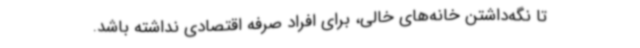
تا نگه‌داشتن خانه‌های خالی، برای افراد صرفه اقتصادی نداشته‌ باشد.